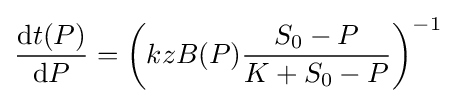
{\frac {{\text{d}}t(P)}{{\text{d}}P}}=\left(kzB(P){\frac {S_{0}-P}{K+S_{0}-P}}\right)^{-1}